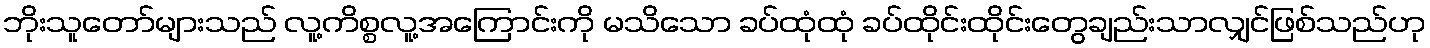
ဘိုးသူတော်များသည် လူ့ကိစ္စလူ့အကြောင်းကို မသိသော ခပ်ထုံထုံ ခပ်ထိုင်းထိုင်းတွေချည်းသာလျှင်ဖြစ်သည်ဟု